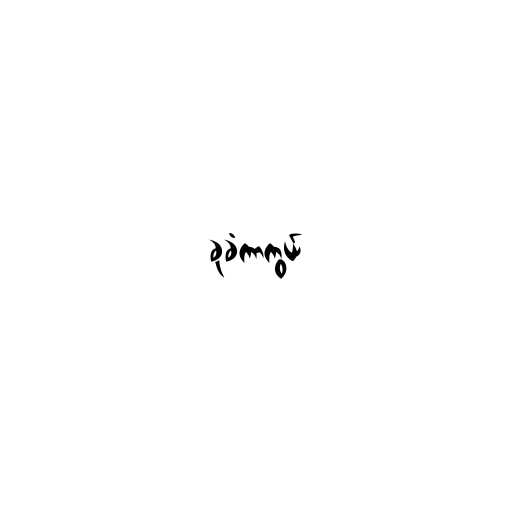
ခုခံကာကွယ်